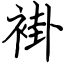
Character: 褂